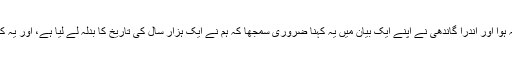
یہ بھارت کی بڑی کامیابی تھی مگر وہ اس پر بھی مطمئن نہ ہوا اور اندرا گاندھی نے اپنے ایک بیان میں یہ کہنا ضروری سمجھا کہ ہم نے ایک ہزار سال کی تاریخ کا بدلہ لے لیا ہے، اور یہ کہ ہم نے دو قومی نظریے کو خلیج بنگال میں غرق کردیا ہے۔